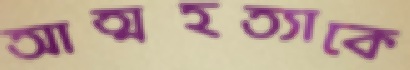
আত্মহত্যাকে